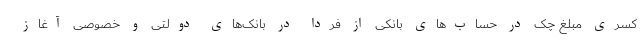
کسری مبلغ چک در حساب‌های بانکی از فردا در بانک‌های دولتی و خصوصی آغاز